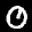
Label: 0